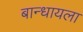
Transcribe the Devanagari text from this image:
बान्धायला